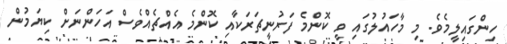
ހިންގައިލީމެވެ. މި މާހައުލުގައި ވީ ކޮންމެ ފަރުނީޗަރަކާއި ކޮންމެ އެއްޗެއްވެސް އަހަންނަށް ކިޔަމުން